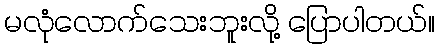
မလုံလောက်သေးဘူးလို့ ပြောပါတယ်။